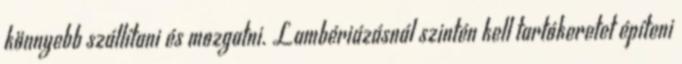
könnyebb szállítani és mozgatni. Lambériázásnál szintén kell tartókeretet építeni